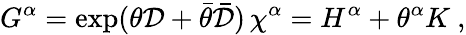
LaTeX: G^{\alpha}=\exp(\theta\mathcal{D}+\bar{{\theta}}\bar{{\mathcal{D}}})\, \chi^{\alpha}=H^{\alpha}+\theta^{\alpha}K\ ,